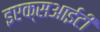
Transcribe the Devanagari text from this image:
इएक्सआईटी